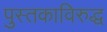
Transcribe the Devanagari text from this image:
पुस्तकाविरुद्ध